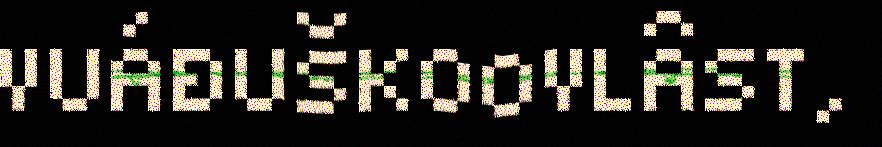
VUÁĐUŠKOOVLÂST,